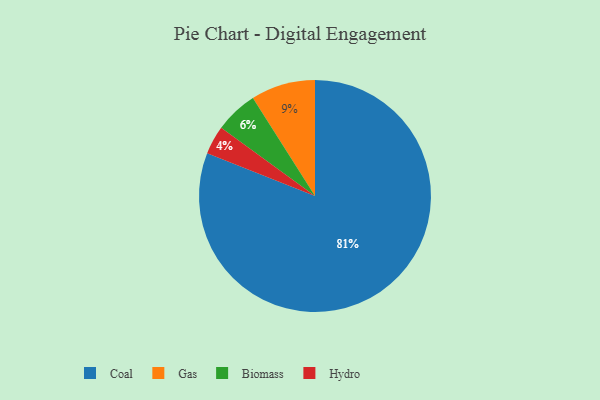
{"axis": {"x": "Category", "y": "Percentage"}, "legend": ["Biomass", "Coal", "Gas", "Hydro"], "data": [{"x": "Coal", "y": 81, "type": "Coal"}, {"x": "Gas", "y": 9, "type": "Gas"}, {"x": "Hydro", "y": 4, "type": "Hydro"}, {"x": "Biomass", "y": 6, "type": "Biomass"}]}